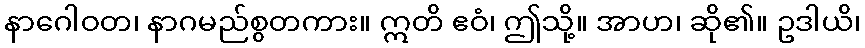
နာဂေါဝတ၊ နာဂမည်စွတကား။ ဣတိ ဧဝံ၊ ဤသို့။ အာဟ၊ ဆို၏။ ဥဒါယိ၊